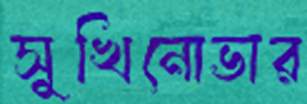
সুখিনোভার